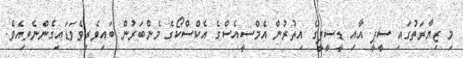
މި ޒިޔާރަތުގައި ސީޕީ އާއި ޑީސީޕީގެ އިތުރުން އެމްސީއެސްގެ އެކްސްކޯގެ މެންބަރުން ބައިވެރިވެވަޑައިގެންނެވިއެވެ.